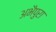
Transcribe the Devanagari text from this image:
अभैपुरा